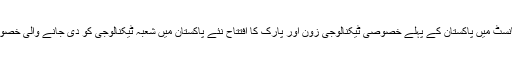
وزیراعظم عمران خان کانسٹ میں پاکستان کے پہلے خصوصی ٹیکنالوجی زون اور پارک کا افتتاح نئے پاکستان میں شعبہ ٹیکنالوجی کو دی جانے والی خصوصی اہمیت کا مظہر ہے۔